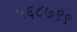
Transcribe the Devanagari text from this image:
५६८७९९